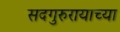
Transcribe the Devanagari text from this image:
सदगुरुरायाच्या